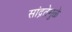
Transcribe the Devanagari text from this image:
सांद्रतेमुळे